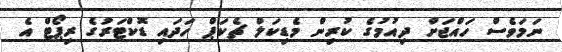
ނަމަވެސް ހައްޖަށް ދިއުމުގެ ކުރިން މެޑިކަލް ޗެކަޕް ހަދައި ޑޮކްޓަރުގެ ރިޕޯޓް އެ